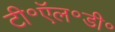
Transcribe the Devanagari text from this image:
टी॰ऍल॰डी॰